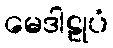
မေဒါဠုပံ